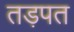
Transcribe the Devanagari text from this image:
तड़पत